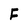
Character: F